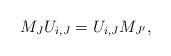
LaTeX: \begin{align*}M_J U_{i,J} = U_{i,J}M_{J'},\end{align*}